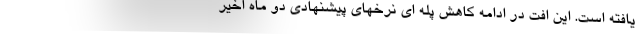
یافته است. این افت در ادامه کاهش پله ای نرخهای پیشنهادی دو ماه اخیر